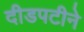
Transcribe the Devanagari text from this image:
दीडपटीने